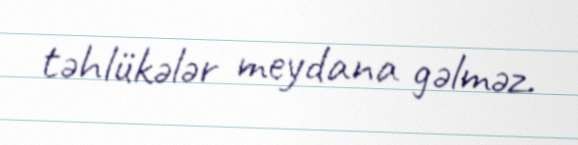
təhlükələr meydana gəlməz.